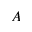
A